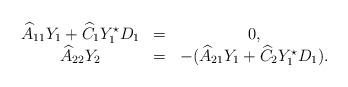
LaTeX: \begin{align*}\begin{array}{ccc}\widehat A_{11} Y_1+\widehat C_1Y_1^\star D_1&=&0,\\\widehat A_{22} Y_2&=&-(\widehat A_{21}Y_1+\widehat C_2Y_1^\star D_1).\end{array}\end{align*}